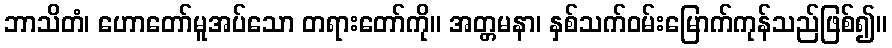
ဘာသိတံ၊ ဟောတော်မူအပ်သော တရားတော်ကို။ အတ္တမနာ၊ နှစ်သက်ဝမ်းမြောက်ကုန်သည်ဖြစ်၍။